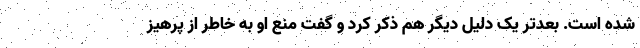
شده است. بعدتر یک دلیل دیگر هم ذکر کرد و گفت منع او به خاطر از پرهیز